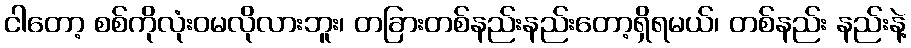
ငါတော့ စစ်ကိုလုံးဝမလိုလားဘူး၊ တခြားတစ်နည်းနည်းတော့ရှိရမယ်၊ တစ်နည်း နည်းနဲ့